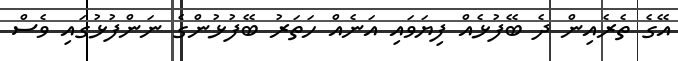
އޭގެ ތެރެއިން ދެ ބޭފުޅެއް ފިޔަވައި އަނެއް ހަތަރު ބޭފުޅުންގެ ނަންފުޅުގައި ވެސް